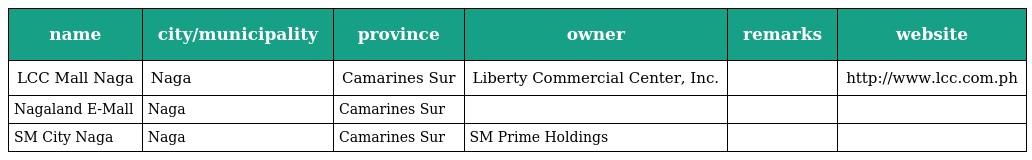
| name | city/municipality | province | owner | remarks | website |
 | --- | --- | --- | --- | --- | --- |
 | LCC Mall Naga | Naga | Camarines Sur | Liberty Commercial Center, Inc. |  | http://www.lcc.com.ph |
 | Nagaland E-Mall | Naga | Camarines Sur |  |  |  |
 | SM City Naga | Naga | Camarines Sur | SM Prime Holdings |  |  |